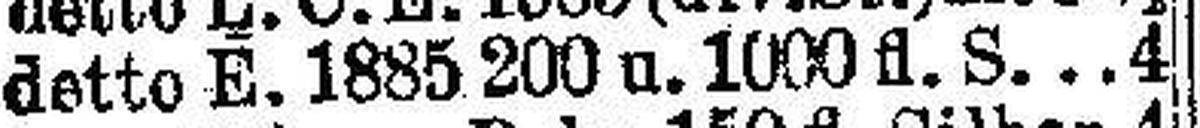
detto E. 1885 200 u. 1000 fl. S 4